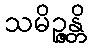
သမိဉ္ဇန္တိ